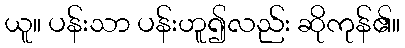
ယူ။ ပန်းသာ ပန်းဟူ၍လည်း ဆိုကုန်၏။